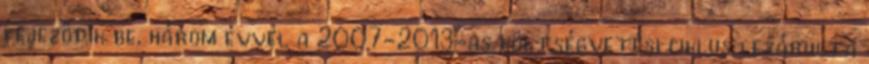
fejeződik be, három évvel a 2007-2013-as költségvetési ciklus lezárulta